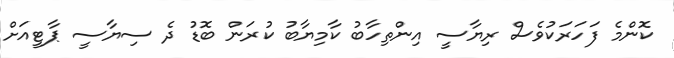
ކޮންމެ ފަހަރަކުވެސް ރިޔާސީ އިންތިހާބު ކާމިޔާބު ކުރަން ބޮޑު ދެ ސިޔާސީ ޕާޓީއަށް